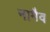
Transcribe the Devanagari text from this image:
नामैव